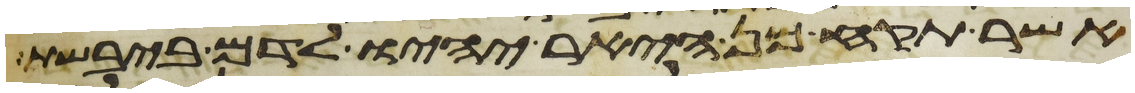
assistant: אשר תקח מן היאר יהיו לדם ביבשת